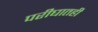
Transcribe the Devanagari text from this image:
परीघातही